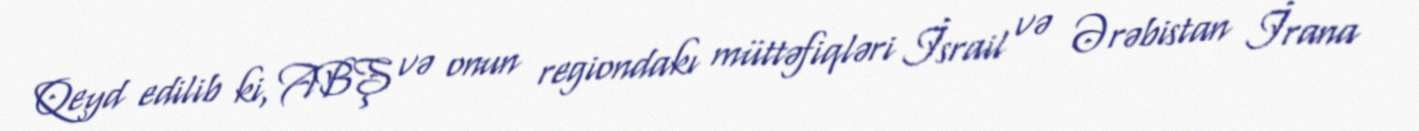
Qeyd edilib ki, ABŞ və onun regiondakı müttəfiqləri İsrail və Ərəbistan İrana